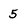
Character: 5